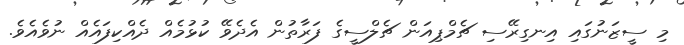
މި ސީޒަނުގައި އިނގިރޭސި ޗެމްޕިއަން ޗެލްސީގެ ފަރާތުން އެދެވޭ ކުޅުމެއް ދެއްކިފައެއް ނުވެއެވެ.